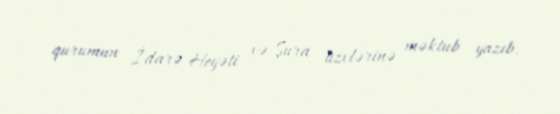
qurumun İdarə Heyəti və Şura üzvlərinə məktub yazıb.